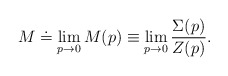
\begin{align*} M\doteq \lim_{p\rightarrow 0} M(p) \equiv \lim_{p\rightarrow 0} \frac{\Sigma(p)}{Z(p)}.\end{align*}